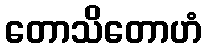
တောသိတောဟံ